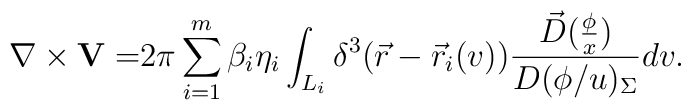
\nabla \times {\bf V=}2\pi \sum_{i=1}^m\beta _i\eta_i\int_{L_i}\delta ^3(\vec r-\vec r_i(v))\frac{\vec D(\frac \phi x)}{D(\phi/u)_\Sigma }dv.